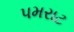
પમરાટ